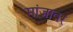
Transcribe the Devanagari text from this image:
मांजावर